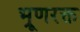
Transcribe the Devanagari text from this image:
भ्रूणरक्त